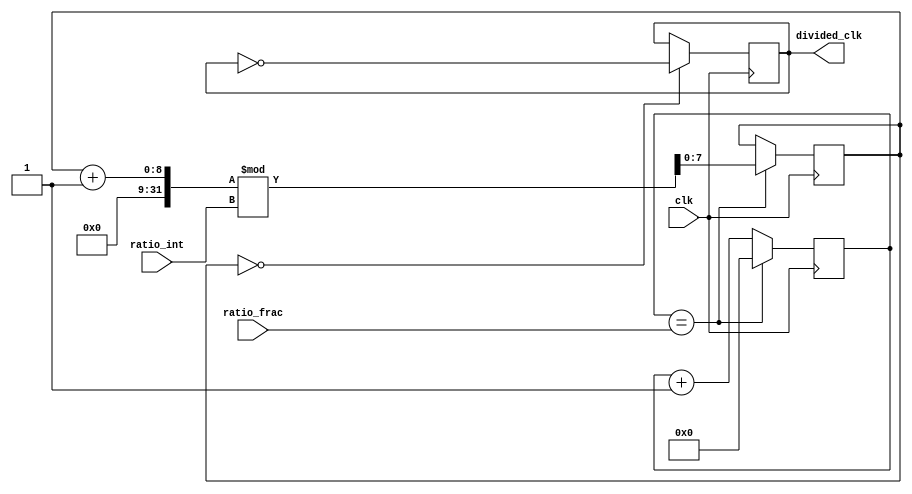
module floating_point_clock_divider (
    input wire clk,
    input wire [7:0] ratio_int,
    input wire [7:0] ratio_frac,
    output wire divided_clk
);

reg [7:0] counter_int;
reg [7:0] counter_frac;
reg [7:0] divider_int;
reg [7:0] divider_frac;
reg [1:0] rounding;

always @(posedge clk) begin
    if (counter_frac == ratio_frac) begin
        counter_frac <= 0;
        counter_int <= (counter_int + 1) % ratio_int;
    end else begin
        counter_frac <= counter_frac + 1;
    end
    
    if (counter_int == 0) begin
        divided_clk <= ~divided_clk;
    end
    
    rounding <= round(divider_frac);
end

function [1:0] round;
    input [7:0] val;
    begin
        if (val >= 128)
            round = 2'b11;
        else if (val >= 64)
            round = 2'b10;
        else if (val >= 32)
            round = 2'b01;
        else
            round = 2'b00;
    end
endfunction

endmodule